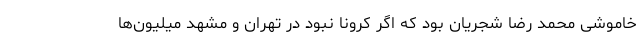
خاموشی محمد رضا شجریان بود که اگر کرونا نبود در تهران و مشهد میلیون‌ها